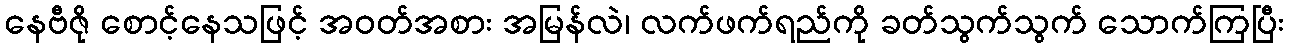
နေဗီဇို စောင့်နေသဖြင့် အဝတ်အစား အမြန်လဲ၊ လက်ဖက်ရည်ကို ခတ်သွက်သွက် သောက်ကြပြီး